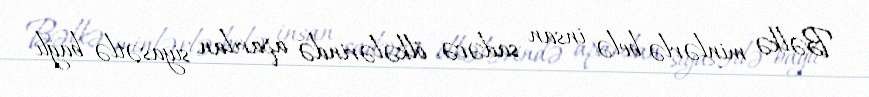
Bəlkə minlərlə belə insan sadəcə, ölkələrində aparılan siyasətlə bağlı